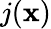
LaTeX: j(\mathbf{x})